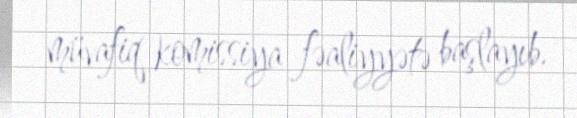
müvafiq komissiya fəaliyyətə başlayıb.